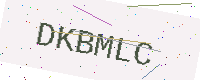
Text: DKBMLC